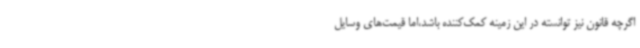
اگرچه قانون نیز توانسته در این زمینه کمک‌کننده باشد،اما قیمت‌های وسایل